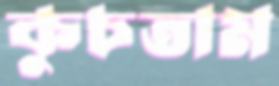
কুচতাম